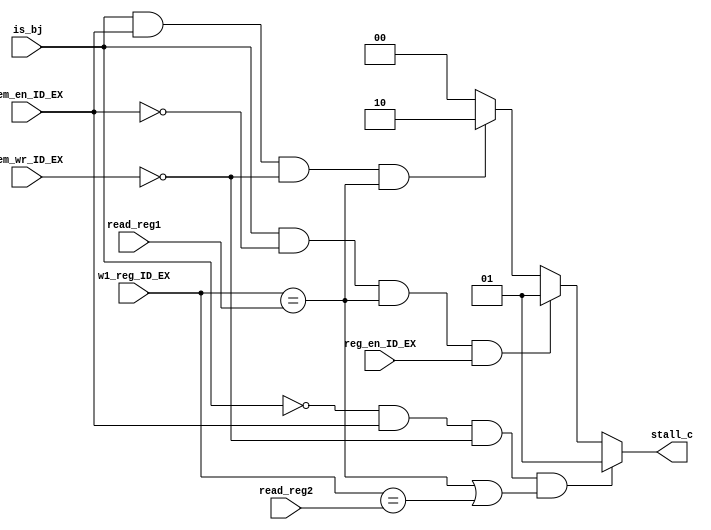
module haz_d(reg_en_ID_EX,is_bj,mem_en_ID_EX,mem_wr_ID_EX, w1_reg_ID_EX, read_reg1, read_reg2,
			 stall_c);
input reg_en_ID_EX;
input is_bj;
input mem_en_ID_EX;
input mem_wr_ID_EX;
input [2:0]w1_reg_ID_EX;
input [2:0]read_reg1;
input [2:0]read_reg2;
//output pause_pc;
//output wrt_IF_ID; 
output [1:0]stall_c;
//wire [1:0]stall_c;

assign stall_c=(~is_bj &mem_en_ID_EX & ~mem_wr_ID_EX & (w1_reg_ID_EX==read_reg1 | w1_reg_ID_EX==read_reg2))?2'b01://ld
                              (is_bj & ~mem_en_ID_EX & (w1_reg_ID_EX==read_reg1)&reg_en_ID_EX)?2'b01:
                              (is_bj & mem_en_ID_EX & ~mem_wr_ID_EX &(w1_reg_ID_EX==read_reg1))?2'b10:2'b00;


endmodule